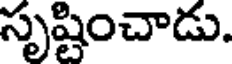
సృష్టించాడు.